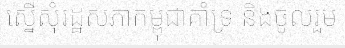
ស្នើសុំរដ្ឋសភាកម្ពុជាគាំទ្រ និងចូលរួម